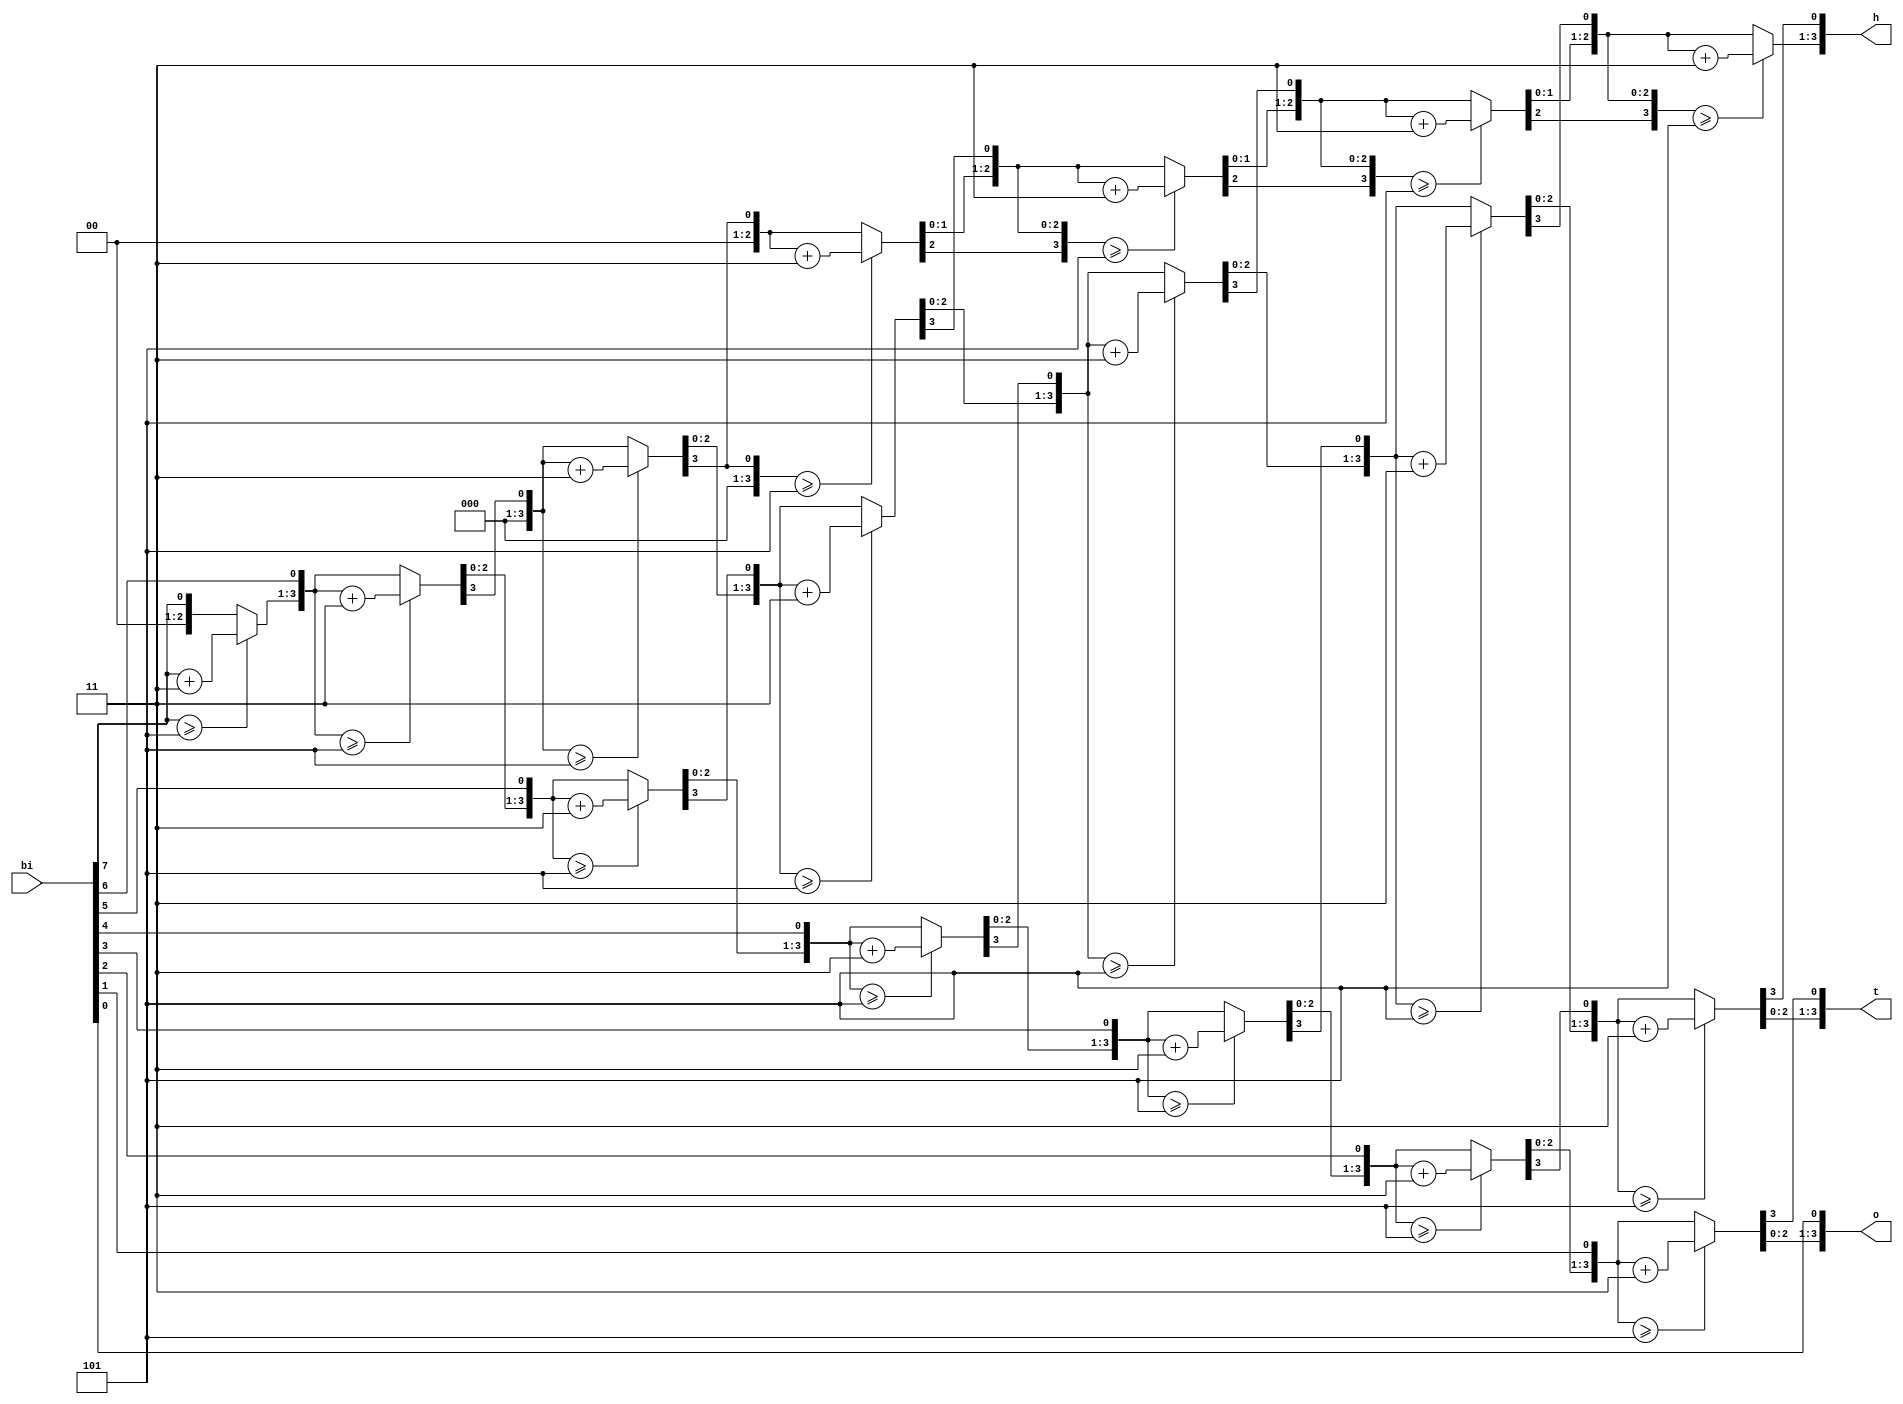
module binary2bcd (bi,h,t,o);

input [7:0]bi;
output reg [3:0]h,t,o;

	// Internal variable for storing bits
   reg [19:0] shift;
   reg [3:0] i;
   
   always @(bi)
   begin
      // Clear previous number and store new number in shift register
      shift[19:8] = 0;
      shift[7:0] = bi;
      
      // Loop eight times
      for (i=0; i<4'h8; i=i+1) begin
         if (shift[11:8] >= 5)
            shift[11:8] = shift[11:8] + 4'h3;
            
         if (shift[15:12] >= 5)
            shift[15:12] = shift[15:12] + 4'h3;
            
         if (shift[19:16] >= 5)
            shift[19:16] = shift[19:16] + 4'h3;
         
         // Shift entire register left once
         shift = shift << 1;
      end
      
      // Push decimal numbers to output
      h = shift[19:16];
      t = shift[15:12];
      o = shift[11:8];
   end
endmodule